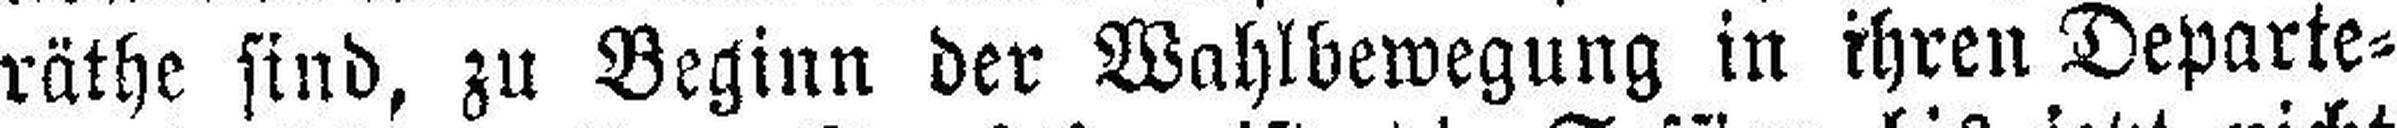
räthe sind, zu Beginn der Wahlbewegung in ihren Departe¬